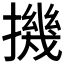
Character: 𢴰